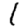
Digit: 1